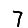
Digit: 7